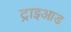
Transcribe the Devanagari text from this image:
ट्राइआड